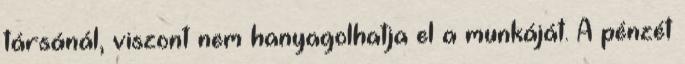
társánál, viszont nem hanyagolhatja el a munkáját. A pénzét